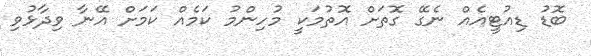
ބޮޑު ޑިއުޓީއެއް ނެގޭ ގޮތަށް އޮތުމަކީ މުހިންމު ކަމެއް ކަމަށް އޭނާ ވިދާޅުވި